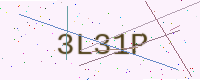
Text: 3L31P